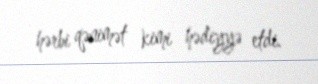
hərbi qənimət kimi hədiyyə etdi.